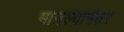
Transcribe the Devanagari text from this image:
मानल्यानंतर